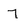
Character: 7